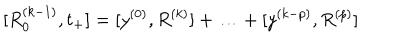
LaTeX: [ R _ { 0 } ^ { ( k - 1 ) } , t _ { + } ] = [ y ^ { ( 0 ) } , R ^ { ( k ) } ] + \ldots + [ y ^ { ( k - p ) } , R ^ { ( p ) } ]